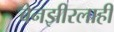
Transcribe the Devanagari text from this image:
बेनझीरलाही